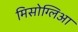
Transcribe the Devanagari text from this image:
मिसोग्लिआ